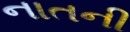
નાતની